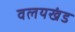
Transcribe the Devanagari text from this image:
वलयखंड